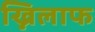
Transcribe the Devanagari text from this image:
ख्निलाफ